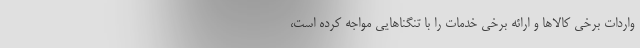
واردات برخی کالاها و ارائه برخی خدمات را با تنگناهایی مواجه کرده است،